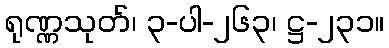
ရုဏ္ဏသုတ်၊ ၃-ပါ-၂၆၃၊ ဋ္ဌ-၂၃၁။